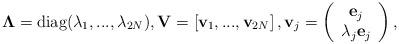
LaTeX: \begin{align*}\mathbf{\Lambda}=\mbox{diag}(\lambda_1,...,\lambda_{2N}), \mathbf{V}=\left[\mathbf{v}_1,...,\mathbf{v}_{2N}\right],\mathbf{v}_j=\left(\begin{array}{c}\mathbf{e}_j\\\lambda_j \mathbf{e}_j\end{array}\right),\end{align*}